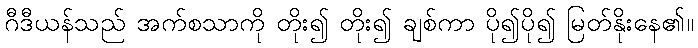
ဂီဒီယန်သည် အက်စသာကို တိုး၍ တိုး၍ ချစ်ကာ ပို၍ပို၍ မြတ်နိုးနေ၏။